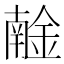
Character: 𨩧